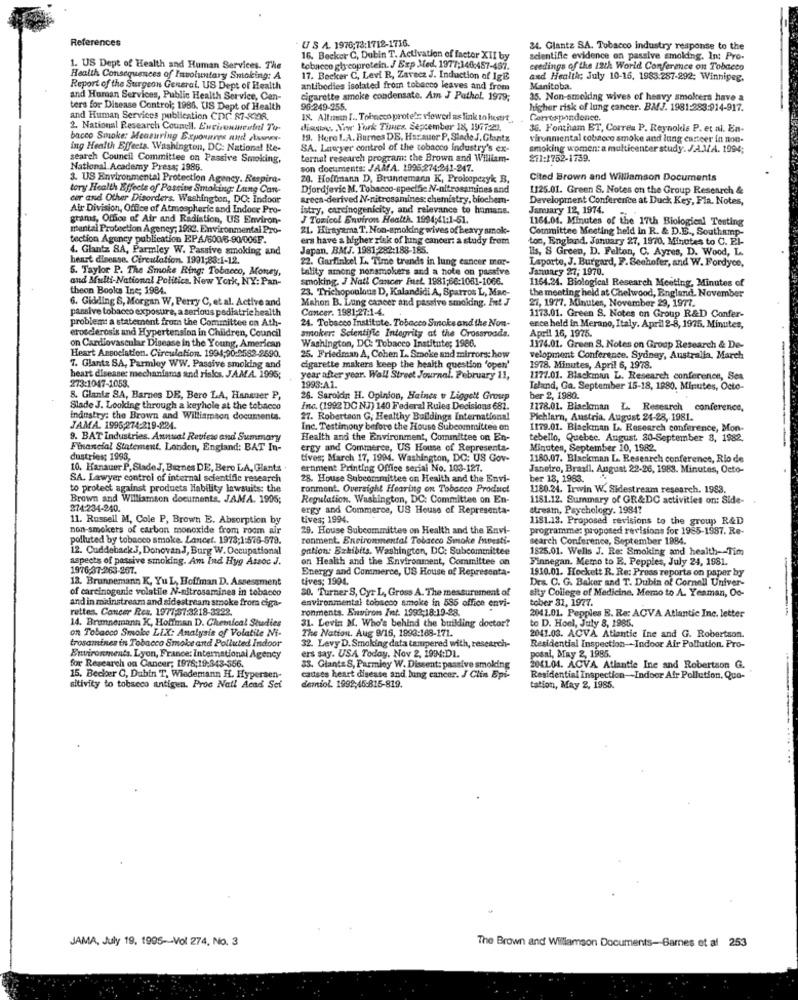
References
U S A. 1976;78:1712-1716.
24. Glantz SA. Tobacco industry response to the
16. Becker C, Dubin T. Activation of factor XII by
scientific evidence on passive smoking. In: Pro-
1. US Dept of Health and Human Services. The
tobacco glycoprotein. / Exp Med, 1977;146:457-467.
ceedings of the 12th World Conference on Tobacco
Health Consequences of Involuntary Smoking: A
17. Becker C, Levi R, Zavecz J. Induction of IgE
and Health; July 10-16, 1983.287-292: Winnipeg.
Report of the Surgeon General. US Dept of Health
antibodies isolated from tobacco leaves and from
Manitoba.
and Human Services, Public Health Service, Can-
cigarette smoke condensate. Am J Pathol. 1979;
35. Non-smelding wives of heavy smokers have a
ters for Disease Control; 1986. US Dept of Health
95-249-255.
higher risk of lung cancer. BMJ. 1981:283:914-917.
and Human Services publication CDC: 87-KOR
IS. Altının I .. Tobacco prote : viewed as link to insert
Correspondence.
2. National Research Council. Environmental Tu-
diassu, New York Times. September 18, 1977:22.
36. Fontham ET, Correu P. Reynolds P. et al. En-
bacco Smoke: Measuring Exposures and shows-
19. Here 1.A. Barnes DE, Harauer P. Slade J. Glantz
virunmental tobacco smoke and lung cancer in non-
ing Health Effects. Washington, DC: National Re-
SA. Lawyer control of the tobacco industry's ex-
smoking women: a multicenter study. J.A.M.A. 1994;
search Council Committee on Passive Smoking,
ternal research program: the Brown and William-
211:1752-1739.
National Academy Press; 1986.
son documents: JAMA. 1995,274:241-247.
3. US Environmental Protection Agency. Respira-
20. Hoffmann D, Brunnemann K, Prokopczyk B,
Cited Brown and Williamson Documents
tory Health Effects of Postive Smoking: Laing Can-
Djordjevic M, Tobacco-specific N-nitrosamines and
1125.01. Green S. Notes on the Group Research &
cor and Other Disorders. Washington, DC: Indoor
areca-derived N-nitrosamines: chemistry, biochem-
Development Conference at Duck Key, Fla. Notes,
Air Division, Office of Atmospheric and Indoor Pro-
istry, carcinogenicity, and relevance to humans.
January 12, 1974.
grams, Offios of Air and Radiation, US Environ-
J Toxicol Environ Health. 1994;41:1-51.
1164.01. Minutes of the 17th Biologienl Testing
mental Protection Agency; 1982. Environmental Pro-
21. Hirayama T. Non-smoking wives of heavy smok-
Committee Meeting held in R. & D.E ., Southamp-
tection Agency publication EPA/800/6-90/006F.
ers have a higher risk of lung cancer: a study from
ton, England. January 27, 1970, Minutes to C. Pl-
4. Glantz 8A, Parmley W. Passive smoking and
Japan. BMJ. 1981:282:188-185.
heart dinesse. Circulation. 1901;88:1-12.
22. Garfinkel L. Time trends in lung cancer mor-
lis, S Green, D. Felton, C. Ayres, D. Wood, L.
Laporte, J. Burgard, F. Seehofer, and W. Fordyce,
5. Taylor P. The Smoke Ring: Tobacco, Money,
tality among nonsmokers and a note on passive
January 27, 1970.
and Multi-National Politica. New York, NY: Pan-
smoking, J Natl Cancer Inet. 1981;66:1081-1066.
1164.24. Biological Research Meeting, Minutes of
theon Books Ine; 1984.
23. Trichopoulous D, Kalandidi A, Sparros L, Mac-
6. Gidding S, Morgan W, Perry C, et al. Active and
Mahon B. Lung cancer and passive smoking. Int J
the meeting held at Chelwood, England. November
21, 1977. Minuten, November 29, 1977.
passive tobacco exposure, a serious pediatric health
Cancer. 1981;27:14.
problem: a statement from the Committee on Ath-
24. Tobacco Institute. Tobacco Smoke and the Non-
1173.01. Green S. Notes on Group R&D Confer-
erosclerosis and Hypertension in Children, Council
erce held in Merano, Italy. April 2-8, 1975, Minutes,
smoker: Scientifle Integrity at the Crossroads.
Apell 16, 1975.
Heart Association. Circulation. 1994;90:2582-2590.
on Cardiovascular Disease in the Young, American
Washington, DC: Tobacco Institute; 1986.
1374.01. Green S. Notes on Group Research & De-
25. Friedman A, Cohen L. Smoke and mirrors: how
velopment Conference. Sydney, Australia, March
7. Glantz SA, Parmley WW. Passive smoking and
cigarette makers keep the health question "open'
1978. Minutes, April 6, 1978.
heart disease mechanisms and risks. JAMA. 1995;
year after year. Wall Street Journal. February 11,
1177.01. Blackman L. Research conference, Ses
273:1047-1053.
1993:A1.
Teland, Ga. September 15-18, 1880. Minutes, Octo-
8. Glantz SA, Barnes DE, Bero LA, Hanmer P,
28. Saroidin H. Opinion, Haines u Liggett Group
ber 2, 1980.
Slade J. Looking through a keyhole at the tobacco
Inc. (1992 DC NJ) 140 Federal Rules Decisions 687.
1278.01. Blackman L. Research conference,
industry: the Brown and Williamson documents.
27. Robertson G, Healthy Buildings International
Pichlarn, Austria. August 24-28, 1981.
JAMA. 1995;274:219-224.
Inc. Testimony before the House Subcommittee on
1179.01. Blackman La. Research conference, Mon-
9. BAT Industries, Annual Review and Summary
Health and the Environment, Committee on En-
tebello, Quebec. August 30-September 8, 1982.
Financial Statement. London, England: BAT In-
ergy and Commerce, US House of Representa-
Minutes, September 10, 1982.
dustries; 1993,
tives; March 17, 1994. Washington, DC: US Gov-
1180.07. Blackman L. Research conference, Rio de
10. Hanauer P. SladeJ, Barnes DE, Bero LA, Glanta
ernment Printing Office serial No. 103-127.
Janeiro, Brasil. August 22-26, 1983. Minutes, Oeto-
SA. Lawyer control of internal scientific research
28. House Subcommittee on Health and the Envi-
ber 18, 1983.
to protect against products Hability lawsuits: the
ronment. Oversight Hearing on Tobacco Product
1180.24. Irwin W. Sidestream research. 1983.
Brown and Williamson documents, JAMA. 1995;
Regulation. Washington, DC: Committee on En-
1181.12. Summary of GR&DC activities on: Side-
274:234-240.
ergy and Commerce, US House of Representa-
stream, Psychology. 1984
11. Russell M, Cole P, Brown E. Absorption by
tives; 1994.
1181.13. Proposed revisions to the group R&D
non-smokers of carbon monoxide from room air
29. House Subcommittee on Health and the Envi-
programme: proposed revisions for 1985-1987. Re-
polluted by tobacco smoke. Lancet. 1973;1:576-579.
ronment. Environmental Tobacco Smoke Investi-
search Conference, September 1884.
12. Cuddeback.J, Donovan J, Burg W. Occupational
gation: Bakibits. Washington, DC: Subcommittee
1825.01. Wells J. Re: Smoking and health-Tim
aspects of passive smoking. Am Ind Hyg Assoc J.
on Health and the Environment, Committee on
Finnegan. Memo to E. Pepples, July 24, 1981.
1976:37-263-267.
Energy and Commerce, US House of Representa-
1910.01. Hockett R. Re: Press reports on paper by
13. Brunnemann K, Yu L, Hoffman D. Assessment
tives; 1994.
Des. C. G. Baker and T. Dubin of Cornell Univer-
of carcinogenic volatile N-nitrosamines in tobacco
$0. Turner S, Cyr L, Gross A. The measurement of
sity College of Medicine, Memo to A. Yeaman, Oo-
and in mainstream and sidestream smoke from ciga-
tober 31, 1977.
rettes. Cancer Res. 1977:57:3218-3222.
environmental tobacco smoke in 585 office envi-
ronments. Environ Int. 1992;18-19-28.
2042.01. Pepples E. Re: ACVA Atlantic Inc. letter
----
14. Brunnemann K, Hoffman D. Chemical Studies
on Tobacco Smoke LIX: Analysis of Volatile Ni-
31. Levin M. Who's behind the building doctor?
to D. Hoel, July 8, 1985.
trosamines in Tobacco Smoke and Polluted Indoor
The Nation. Aug 9/16, 1893:168-171.
2041.03. ACVA Atlantic Ine and G. Robertson.
32. Levy D.Smoking data tampered with, research-
ers say. USA Today. Nov 2, 1994:DL.
Residential Inspection-Indoor Air Pollution. Pro-
posal, May 2, 1985.
Environments. Lyon, France: International Agency
for Research on Cancer; 1978;19:343-556.
33. Giant& S, Parmioy W. Dissent: passive smoking
204L.04. ACVA Atlantie Ine and Robertson G.
15. Becker O, Dubin T, Wiedemann H. Hypersen-
causes heart disease and lung cancer. J Clin Epi-
Residential Inspection-Indoor Air Pollution, Que-
sitivity to tobacco antigen. Proc Natl Acad Set
demiol. 1992,45:815-819.
tation, May 2, 1985.
JAMA, July 19, 1995 -- Vol 274, No. 3
The Brown and Wiliamson Documents-Barnes et al 253